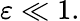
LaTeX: \varepsilon\ll 1.